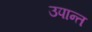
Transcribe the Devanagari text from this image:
उपान्त